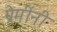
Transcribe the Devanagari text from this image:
प्रेमींनी